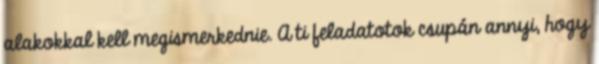
alakokkal kell megismerkednie. A ti feladatotok csupán annyi, hogy